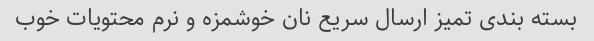
بسته بندی تمیز ارسال سریع نان خوشمزه و نرم محتویات خوب